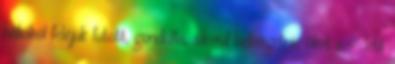
hátulról feléjük futott, gondolta, sikerül bekergetnie őket a védett